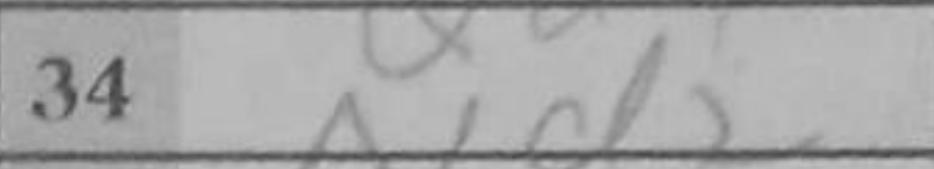
Transcription: Nd2